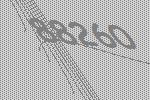
88260